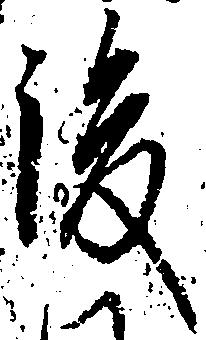
後